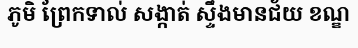
ភូមិ ព្រែកទាល់ សង្កាត់ ស្ទឹងមានជ័យ ខណ្ឌ